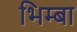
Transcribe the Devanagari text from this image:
भिम्बा